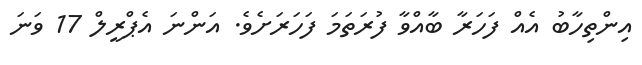
އިންތިހާބު އެއް ފަހަރާ ބާއްވާ ފުރަތަމަ ފަހަރަށެވެ. އަންނަ އެޕްރީލް 17 ވަނަ